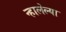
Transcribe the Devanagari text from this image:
न्हालेल्या